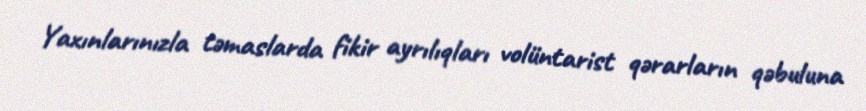
Yaxınlarınızla təmaslarda fikir ayrılıqları volüntarist qərarların qəbuluna